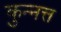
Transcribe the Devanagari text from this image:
कुन्नत्त